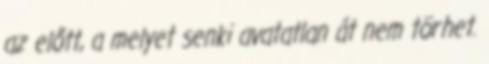
az előtt, a melyet senki avatatlan át nem törhet.